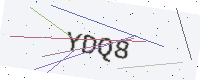
Text: YDQ8